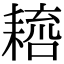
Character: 𦔑